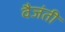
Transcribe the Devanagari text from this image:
वैजंती